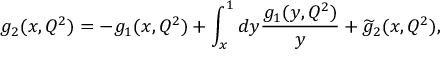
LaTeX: g _ { 2 } ( x , Q ^ { 2 } ) = - g _ { 1 } ( x , Q ^ { 2 } ) + \int _ { x } ^ { 1 } d y \frac { g _ { 1 } ( y , Q ^ { 2 } ) } { y } + \widetilde { g } _ { 2 } ( x , Q ^ { 2 } ) ,